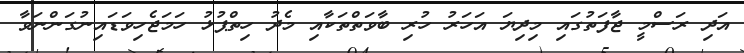
އަދި ރަސްމީ ޖާފަތުގައި މިދިޔަ އަހަރު ހުރި ބާވަތްތަކާއި މެދު ހިތްޕުޅު ހަމަޖެހިވަޑައިނުގަންނަވާ